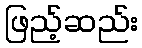
ဖြည့်ဆည်း